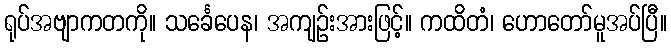
ရုပ်အဗျာကတကို။ သင်္ခေပေန၊ အကျဉ်းအားဖြင့်။ ကထိတံ၊ ဟောတော်မူအပ်ပြီ။